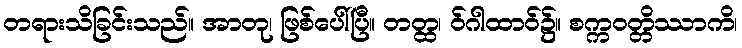
တရားသိခြင်းသည်။ အာတု၊ ဖြစ်ပေါ်ပြီ။ တတ္ထ၊ ဝ်ဂါထာဝ်၌။ စက္ကဝတ္တိဿာကိ၊